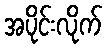
အပိုင်းလိုက်